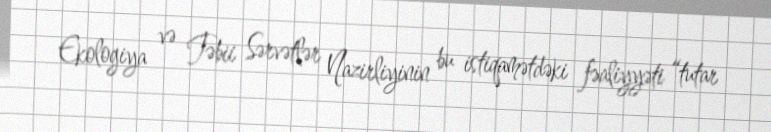
Ekologiya və Təbii Sərvətlər Nazirliyinin bu istiqamətdəki fəaliyyəti “tutar